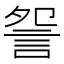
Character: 𧧁